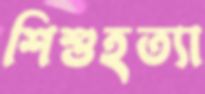
শিশুহত্যা